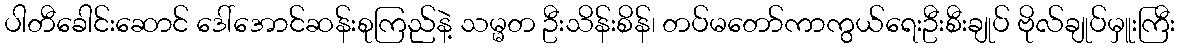
ပါတီခေါင်းဆောင် ဒေါ်အောင်ဆန်းစုကြည်နဲ့ သမ္မတ ဦးသိန်းစိန်၊ တပ်မတော်ကာကွယ်ရေးဦးစီးချုပ် ဗိုလ်ချုပ်မှူးကြီး